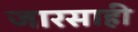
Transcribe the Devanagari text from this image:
जारसाही